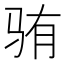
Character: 𬳼